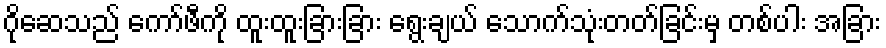
ဂိုဆေသည် ကော်ဖီကို ထူးထူးခြားခြား ရွေးချယ် သောက်သုံးတတ်ခြင်းမှ တစ်ပါး အခြား